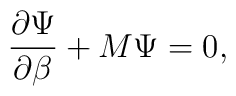
\frac{\partial \Psi}{\partial \beta} + M\Psi= 0,